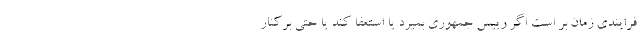
فرایندی زمان بر است اگر رییس جمهوری بمیرد یا استعفا کند یا حتی برکنار